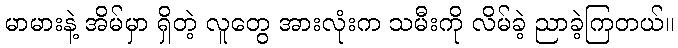
မာမားနဲ့ အိမ်မှာ ရှိတဲ့ လူတွေ အားလုံးက သမီးကို လိမ်ခဲ့ ညာခဲ့ကြတယ်။